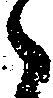
之